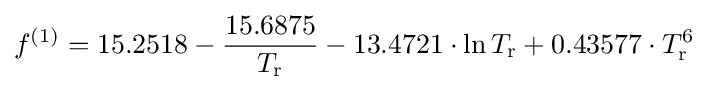
f^{(1)}=15.2518-{\frac {15.6875}{T_{\rm {r}}}}-13.4721\cdot \ln T_{\rm {r}}+0.43577\cdot T_{\rm {r}}^{6}